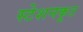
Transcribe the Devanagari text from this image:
स्टेशनकूट